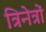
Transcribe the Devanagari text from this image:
त्रिनेत्रों